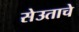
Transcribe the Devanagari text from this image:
सेउताचे